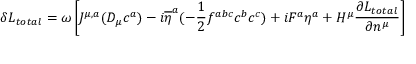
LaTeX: \delta { \cal L } _ { t o t a l } = \omega \left[ J ^ { \mu , a } ( D _ { \mu } c ^ { a } ) - i \overline { { { \eta } } } ^ { a } ( - { \frac { 1 } { 2 } } f ^ { a b c } c ^ { b } c ^ { c } ) + i F ^ { a } \eta ^ { a } + H ^ { \mu } { \frac { \partial { \cal L } _ { t o t a l } } { \partial n ^ { \mu } } } \right]